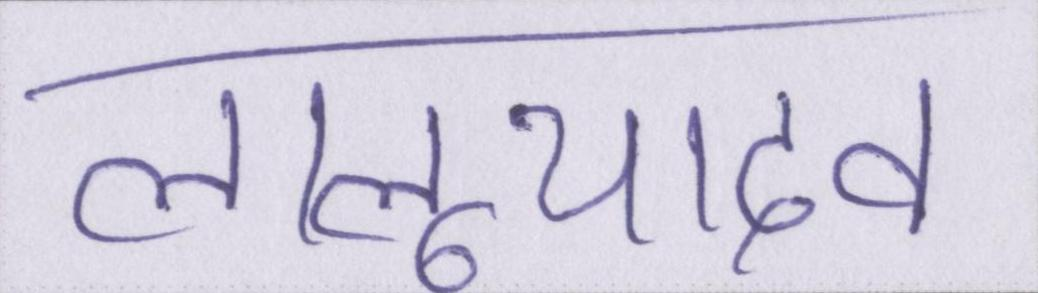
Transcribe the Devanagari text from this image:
लालूयादव